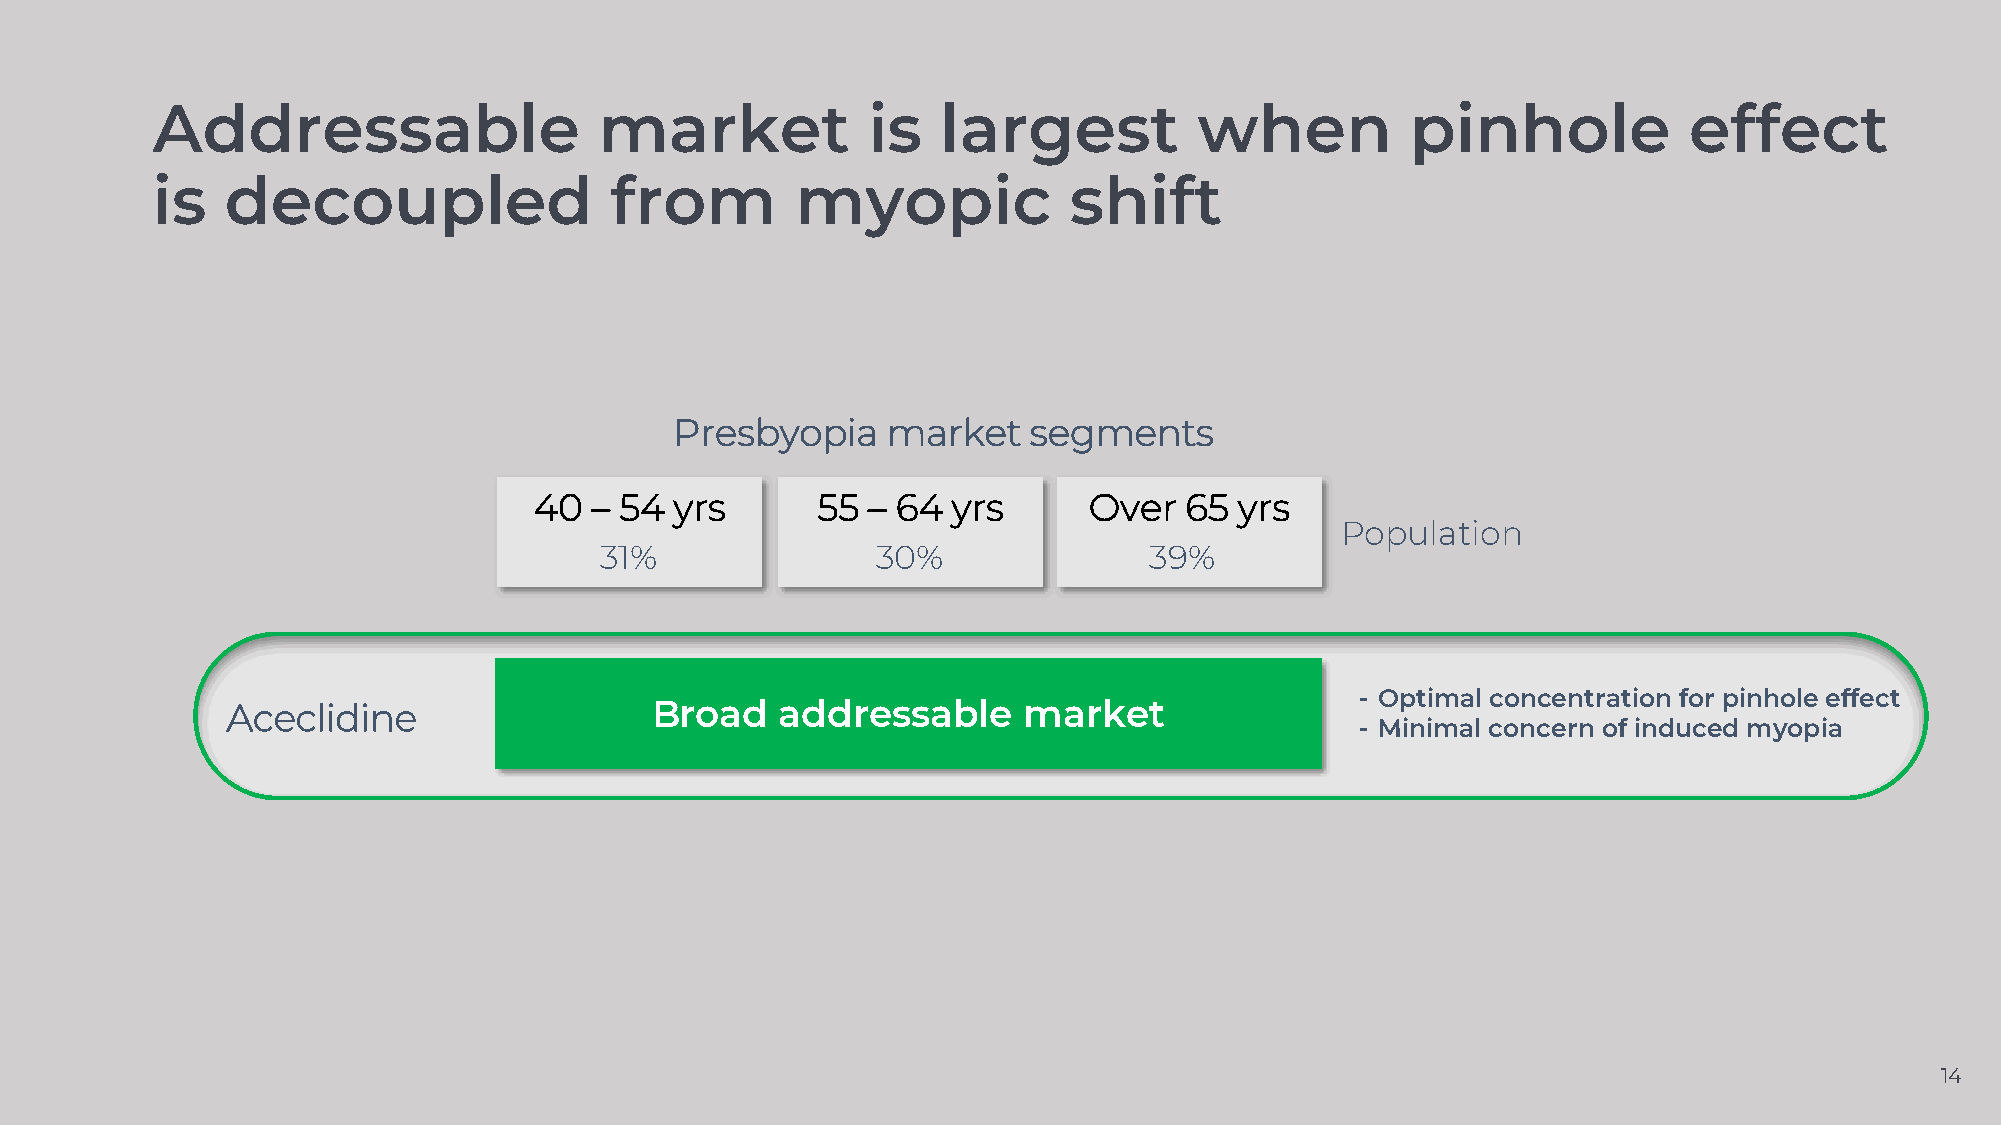
Addressable                   market           is   largest          when          pinhole            effect
 is   decoupled                from         myopic            shift
 Presbyopia    market   segments
 40  – 54  yrs      55 – 64  yrs      Over  65  yrs
 Population
 31%               30%               39%
 - Optimal concentration for pinhole effect
 Aceclidine                  Broad    addressable     market
 - Minimal concern of induced myopia
 14